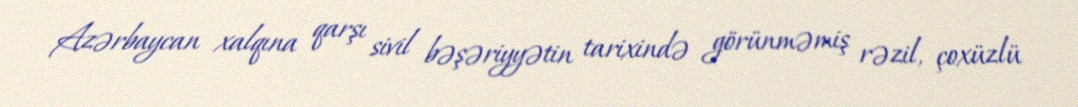
Azərbaycan xalqına qarşı sivil bəşəriyyətin tarixində görünməmiş rəzil, çoxüzlü